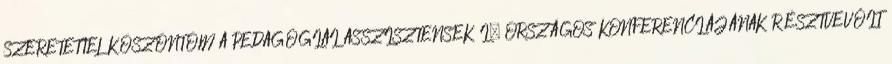
SZERETETTEL KÖSZÖNTÖM A PEDAGÓGIAI ASSZISZTENSEK I. ORSZÁGOS KONFERENCIÁJÁNAK RÉSZTVEVŐIT